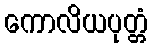
ကောလိယပုတ္တံ